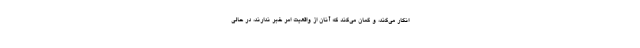
انکار می‌کند، و گمان می‌کند که آنان از واقعیت امر خبر ندارند، در حالی